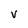
Character: V